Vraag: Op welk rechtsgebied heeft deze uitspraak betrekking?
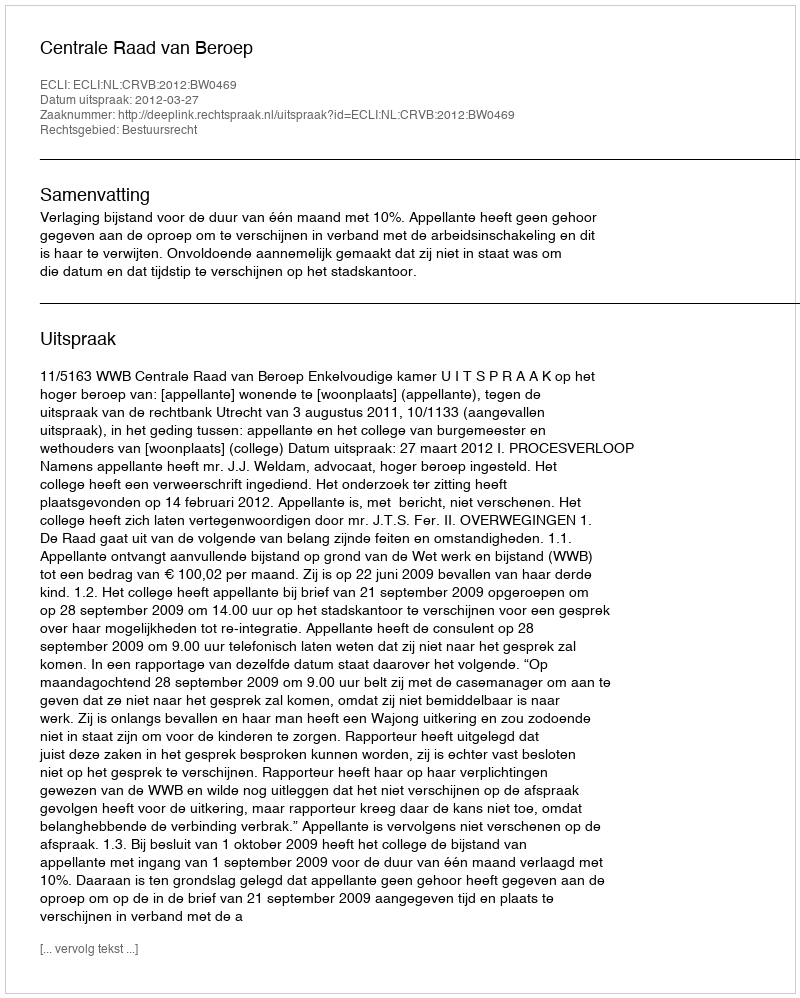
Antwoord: Bestuursrecht